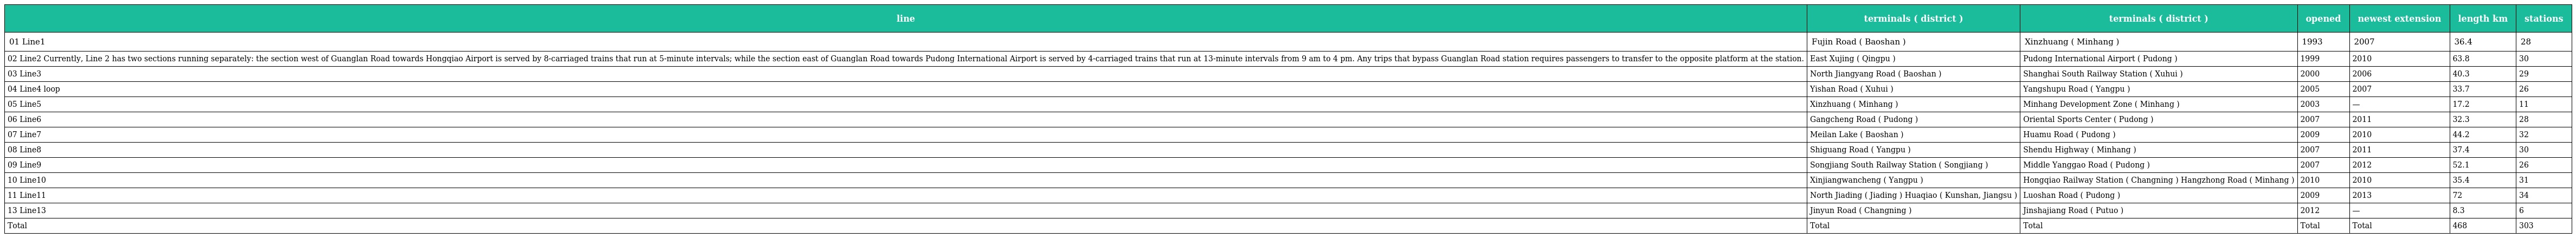
| line | terminals ( district ) | terminals ( district ) | opened | newest extension | length km | stations |
 | --- | --- | --- | --- | --- | --- | --- |
 | 01 Line1 | Fujin Road ( Baoshan ) | Xinzhuang ( Minhang ) | 1993 | 2007 | 36.4 | 28 |
 | 02 Line2 Currently, Line 2 has two sections running separately: the section west of Guanglan Road towards Hongqiao Airport is served by 8-carriaged trains that run at 5-minute intervals; while the section east of Guanglan Road towards Pudong International Airport is served by 4-carriaged trains that run at 13-minute intervals from 9 am to 4 pm. Any trips that bypass Guanglan Road station requires passengers to transfer to the opposite platform at the station. | East Xujing ( Qingpu ) | Pudong International Airport ( Pudong ) | 1999 | 2010 | 63.8 | 30 |
 | 03 Line3 | North Jiangyang Road ( Baoshan ) | Shanghai South Railway Station ( Xuhui ) | 2000 | 2006 | 40.3 | 29 |
 | 04 Line4 loop | Yishan Road ( Xuhui ) | Yangshupu Road ( Yangpu ) | 2005 | 2007 | 33.7 | 26 |
 | 05 Line5 | Xinzhuang ( Minhang ) | Minhang Development Zone ( Minhang ) | 2003 | — | 17.2 | 11 |
 | 06 Line6 | Gangcheng Road ( Pudong ) | Oriental Sports Center ( Pudong ) | 2007 | 2011 | 32.3 | 28 |
 | 07 Line7 | Meilan Lake ( Baoshan ) | Huamu Road ( Pudong ) | 2009 | 2010 | 44.2 | 32 |
 | 08 Line8 | Shiguang Road ( Yangpu ) | Shendu Highway ( Minhang ) | 2007 | 2011 | 37.4 | 30 |
 | 09 Line9 | Songjiang South Railway Station ( Songjiang ) | Middle Yanggao Road ( Pudong ) | 2007 | 2012 | 52.1 | 26 |
 | 10 Line10 | Xinjiangwancheng ( Yangpu ) | Hongqiao Railway Station ( Changning ) Hangzhong Road ( Minhang ) | 2010 | 2010 | 35.4 | 31 |
 | 11 Line11 | North Jiading ( Jiading ) Huaqiao ( Kunshan, Jiangsu ) | Luoshan Road ( Pudong ) | 2009 | 2013 | 72 | 34 |
 | 13 Line13 | Jinyun Road ( Changning ) | Jinshajiang Road ( Putuo ) | 2012 | — | 8.3 | 6 |
 | Total | Total | Total | Total | Total | 468 | 303 |